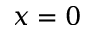
x = 0